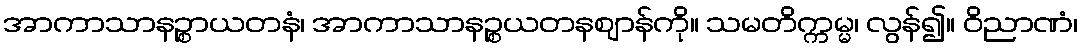
အာကာသာနဉ္စာယတနံ၊ အာကာသာနဉ္စယတနဈာန်ကို။ သမတိက္ကမ္မ၊ လွန်၍။ ဝိညာဏံ၊